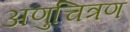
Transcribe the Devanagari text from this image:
अणुचित्रण